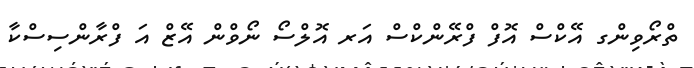
ތްރޯވިންގ އޭކްސް އޮފް ފްރޭންކްސް އަރ އޮލްސޯ ނޯވްން އޭޒް އަ ފްރާންސިސްކާ